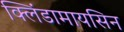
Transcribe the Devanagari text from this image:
क्लिंडामायसिन